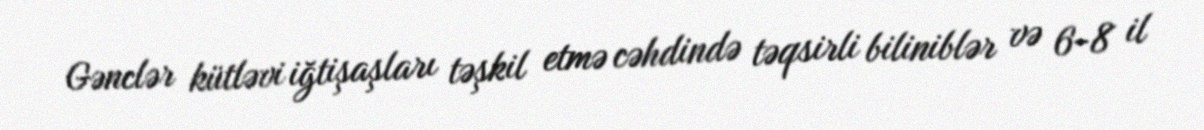
Gənclər kütləvi iğtişaşları təşkil etmə cəhdində təqsirli biliniblər və 6-8 il